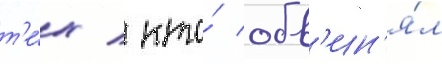
т'е́х / кто́ обв'ин'я́л